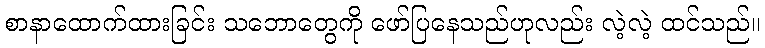
စာနာထောက်ထားခြင်း သဘောတွေကို ဖော်ပြနေသည်ဟုလည်း လဲ့လဲ့ ထင်သည်။